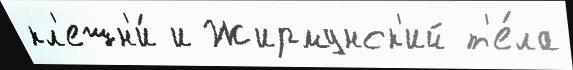
кл'ешн'и́ и Жирмунск'ий т'е́ла